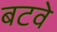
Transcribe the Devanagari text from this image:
बटवे